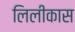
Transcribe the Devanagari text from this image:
लिलीकास